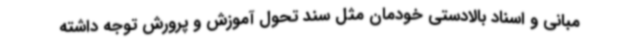
مبانی و اسناد بالادستی خودمان مثل سند تحول آموزش و پرورش توجه داشته